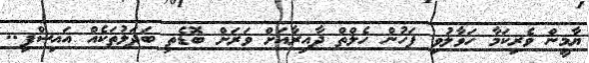
ޔާމީން ވެރިކަމާ ހަވާލުވި ފަހުން ހެލްތް ދާއިރާއަށް ވަރަށް ބޮޑެތި ބަދަލުތަކެއް އައިސްފި..